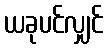
ယခုပင်လျှင်